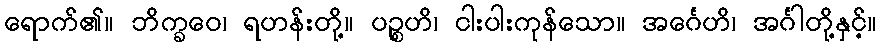
ရောက်၏။ ဘိက္ခဝေ၊ ရဟန်းတို့။ ပဉ္စဟိ၊ ငါးပါးကုန်သော။ အင်္ဂေဟိ၊ အင်္ဂါတို့နှင့်။